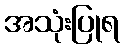
အသုံးပြုရ